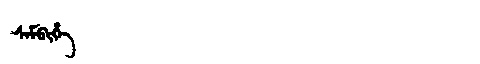
Manchu: ᠰᠠᠮᠪᡳᡥᡝ
Romanization: SAMBIHE